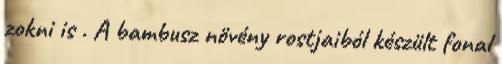
zokni is . A bambusz növény rostjaiból készült fonal